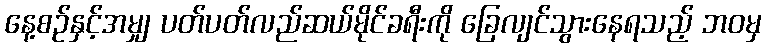
နေ့စဉ်နှင့်အမျှ ပတ်ပတ်လည်ဆယ်မိုင်ခရီးကို ခြေလျင်သွားနေရသည့် ဘဝမှ